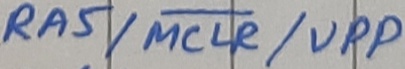
Text: RA5/MCLR/VPP